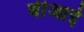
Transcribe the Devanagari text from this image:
वीआई